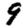
Digit: 9